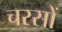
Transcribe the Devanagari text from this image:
चरसों